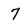
Character: 7